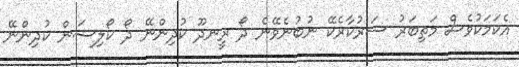
އެކަމަކުވެސް މަތިބަރު ސަރުކާރެކޭ ނުބުނެވޭނެ ދޯ ރީނދޫ ކުދިންނޭ ދޯ ކޯލިޝަން ކުދިންނޭ